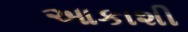
આકાશી